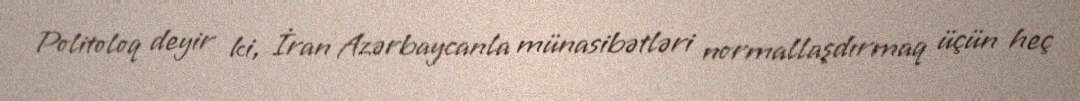
Politoloq deyir ki, İran Azərbaycanla münasibətləri normallaşdırmaq üçün heç